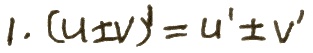
$1. (u\pm v)' = u' \pm v'$